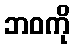
ဘဝကို